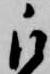
被